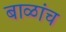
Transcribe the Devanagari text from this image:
बाळांच